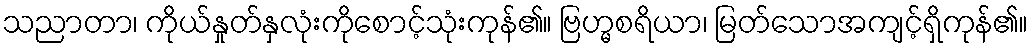
သညာတာ၊ ကိုယ်နှုတ်နှလုံးကိုစောင့်သုံးကုန်၏။ ဗြဟ္မစရိယာ၊ မြတ်သောအကျင့်ရှိကုန်၏။